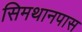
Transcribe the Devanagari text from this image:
सिमथानपास